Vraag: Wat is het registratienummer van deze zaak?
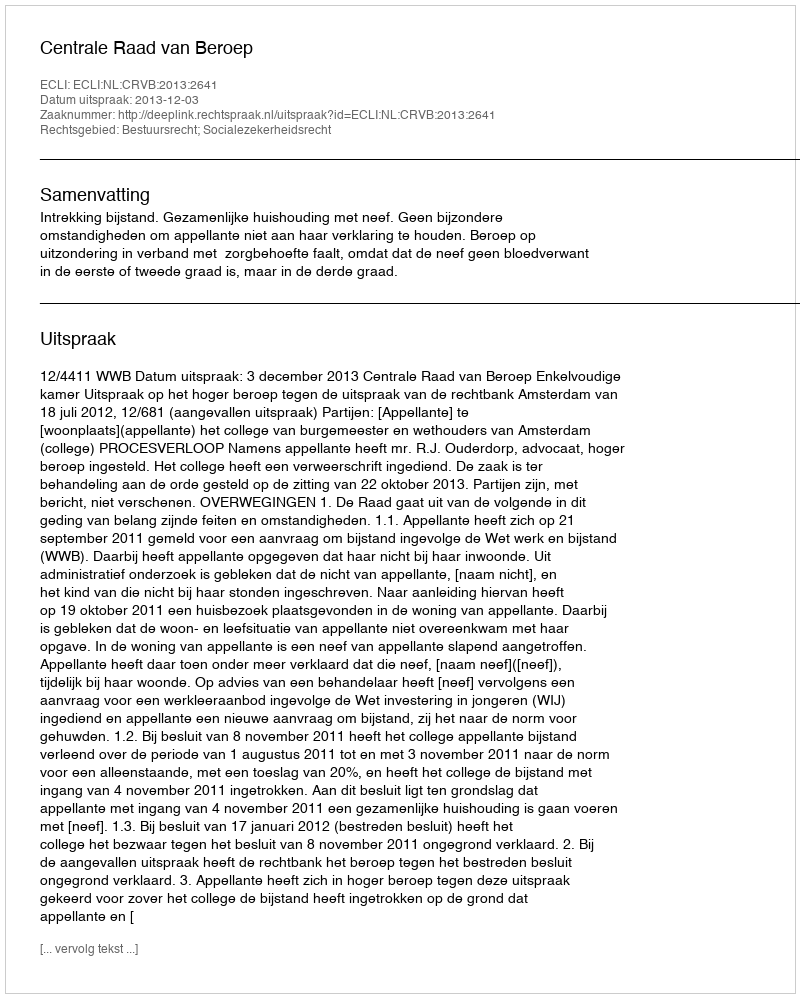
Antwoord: http://deeplink.rechtspraak.nl/uitspraak?id=ECLI:NL:CRVB:2013:2641